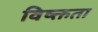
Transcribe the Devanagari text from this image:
विष्क्तता